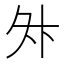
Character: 𭐳